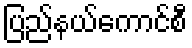
ပြည်နယ်ကောင်စီ